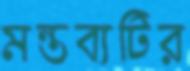
মন্তব্যটির